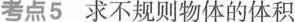
考点5求不规则物体的体积